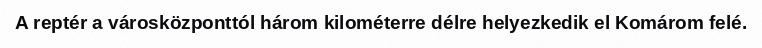
A reptér a városközponttól három kilométerre délre helyezkedik el Komárom felé.